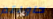
حاولتم